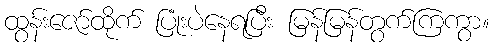
ထွန်းဇော်ထိုက် ပြုံးပဲနေရပြီး မြန်မြန်တွက်ကြကွာ။